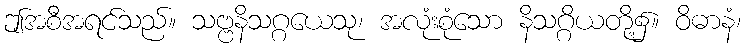
ဤအစီအရင်သည်။ သဗ္ဗနိသဂ္ဂယေသု၊ အလုံးစုံသော နိသဂ္ဂိယတို့၌။ ဝိဓာနံ၊